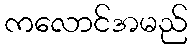
ကလောင်အမည်